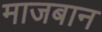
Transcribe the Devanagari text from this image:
माजबान